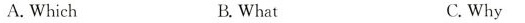
A. Which B.What C.Why